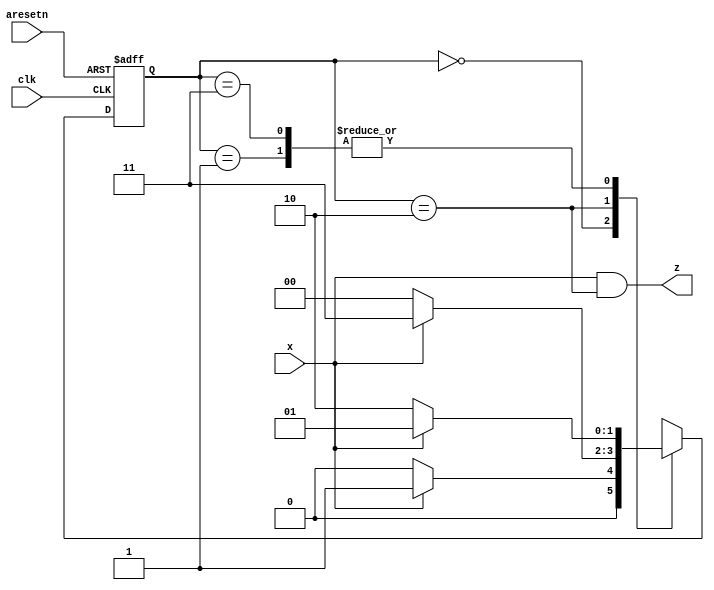
module top_module (
    input clk,
    input aresetn,    // Asynchronous active-low reset
    input x,
    output z ); 
	
    // declaration 
    parameter S0 = 2'b00,S1 = 2'b01,S2 = 2'b10,S3 = 2'b11;
    reg [1:0] state,next;
    
    // state transition
    always @(*) begin
        case(state)
            S0: next = x? S1: S0;
            S1: next = x? S1: S2;
            S2: next = x? S3: S0;
            S3: next = x? S1: S2;
        endcase
    end
    //state flip-flop
    always @(posedge clk,negedge aresetn) begin
        if(~aresetn)
            state <= S0;
        else
            state <= next;
    end
    
    // outpu logic
    assign z = x&(state == S2);
endmodule